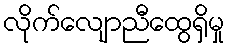
လိုက်လျောညီထွေရှိမှု